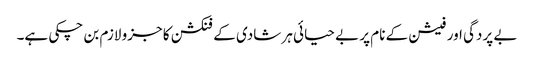
بے پردگی اور فیشن کے نام پر بے حیائی ہر شادی کے فنکشن کا جزو لازم بن چکی ہے۔